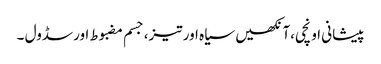
پیشانی اونچی،آنکھیں سیاہ اور تیز،جسم مضبوط اورسڈول ۔